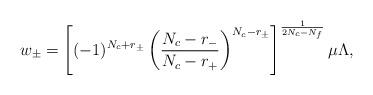
LaTeX: \begin{align*}w_\pm = \left[ (-1)^{N_c+r_\pm} \left( \frac{N_c-r_-}{N_c-r_+} \right)^{N_c-r_\pm} \right]^{\frac{1}{2N_c-N_f}} \mu \Lambda,\end{align*}